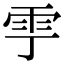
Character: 𩁷